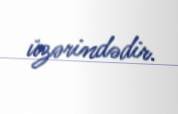
üzərindədir.